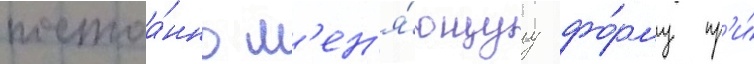
постоа́нно м'ен'я́ющуу фо́рму пр'и́